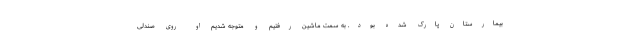
بیمارستان پارک شده بود. به سمت ماشین رفتیم و متوجه شدیم او روی صندلی